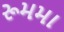
રૂમમા